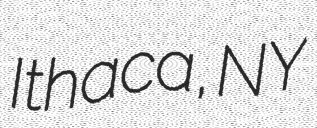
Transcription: Ithaca, NY